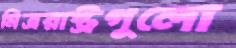
মিত্ররাষ্ট্রগুলো